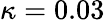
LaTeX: \kappa=0.03